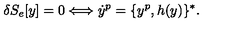
\delta S _ { e } [ y ] = 0 \Longleftrightarrow \dot { y } ^ { p } = \{ y ^ { p } , h ( y ) \} ^ { * } .